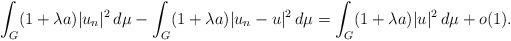
LaTeX: \begin{align*}\int_{G}(1+\lambda a)|u_n|^2\,d\mu-\int_{G}(1+\lambda a)|u_n-u|^2\,d\mu=\int_{G}(1+\lambda a)|u|^2 \,d\mu+o(1).\end{align*}